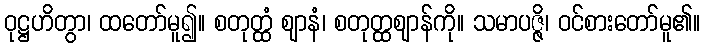
ဝုဋ္ဌဟိတွာ၊ ထတော်မူ၍။ စတုတ္ထံ ဈာနံ၊ စတုတ္ထဈာန်ကို။ သမာပဇ္ဇိ၊ ဝင်စားတော်မူ၏။